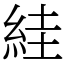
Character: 絓